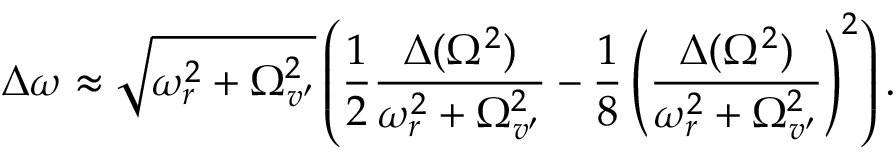
\Delta \omega \approx \sqrt { \omega _ { r } ^ { 2 } + \Omega _ { v ^ { \prime } } ^ { 2 } } \left( \frac { 1 } { 2 } \frac { \Delta ( \Omega ^ { 2 } ) } { \omega _ { r } ^ { 2 } + \Omega _ { v ^ { \prime } } ^ { 2 } } - \frac { 1 } { 8 } \left( \frac { \Delta ( \Omega ^ { 2 } ) } { \omega _ { r } ^ { 2 } + \Omega _ { v ^ { \prime } } ^ { 2 } } \right) ^ { 2 } \right) .